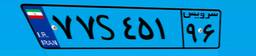
۵۷S۰۱۸۶۵